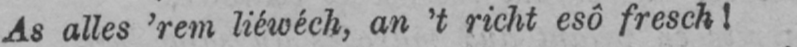
As alles ’rem liéwéch, an’ t richt esô fresch!